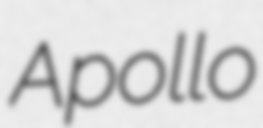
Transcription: Apollo